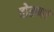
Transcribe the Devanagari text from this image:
चोळणरे